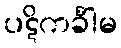
ပဋိကင်္ခါမ